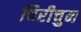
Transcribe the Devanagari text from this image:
चिरीचुन